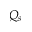
Q _ { s }